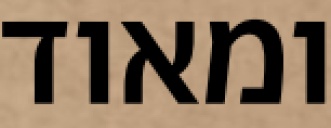
ומאוד